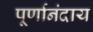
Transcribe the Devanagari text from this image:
पूर्णानंदाय